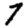
Digit: 7